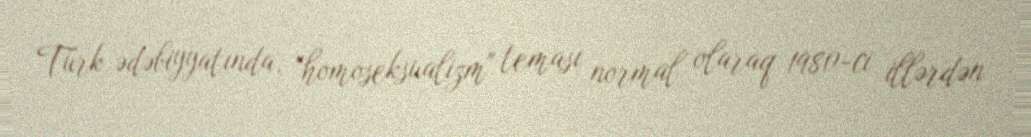
Türk ədəbiyyatında, "homoseksualizm" teması normal olaraq 1980-ci illərdən